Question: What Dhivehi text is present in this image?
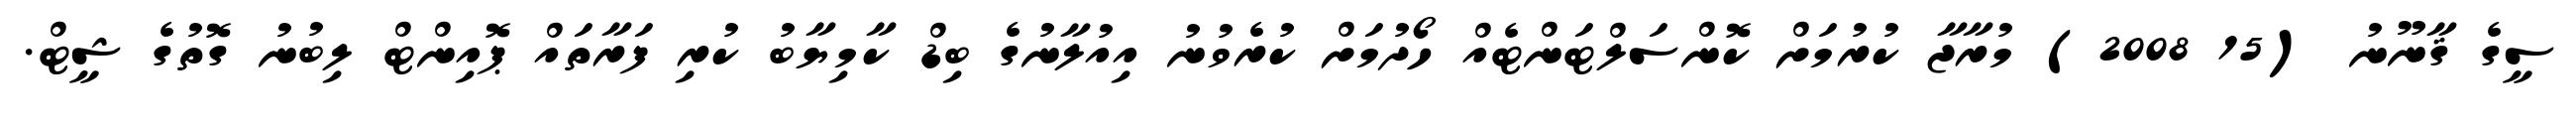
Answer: ސީގެ ޤާނޫނު (15 2008) މުރާޖާ ކުރުމަށް ކޮންސަލްޓަންޓެއް ހޯދުމަށް ކުރެވުނު އިއުލާނުގެ ބިޑް ކާމިޔާބު ކުރި ފަރާތައް ޕޮއިންޓް ލިބުނު ގޮތުގެ ޝީޓް.